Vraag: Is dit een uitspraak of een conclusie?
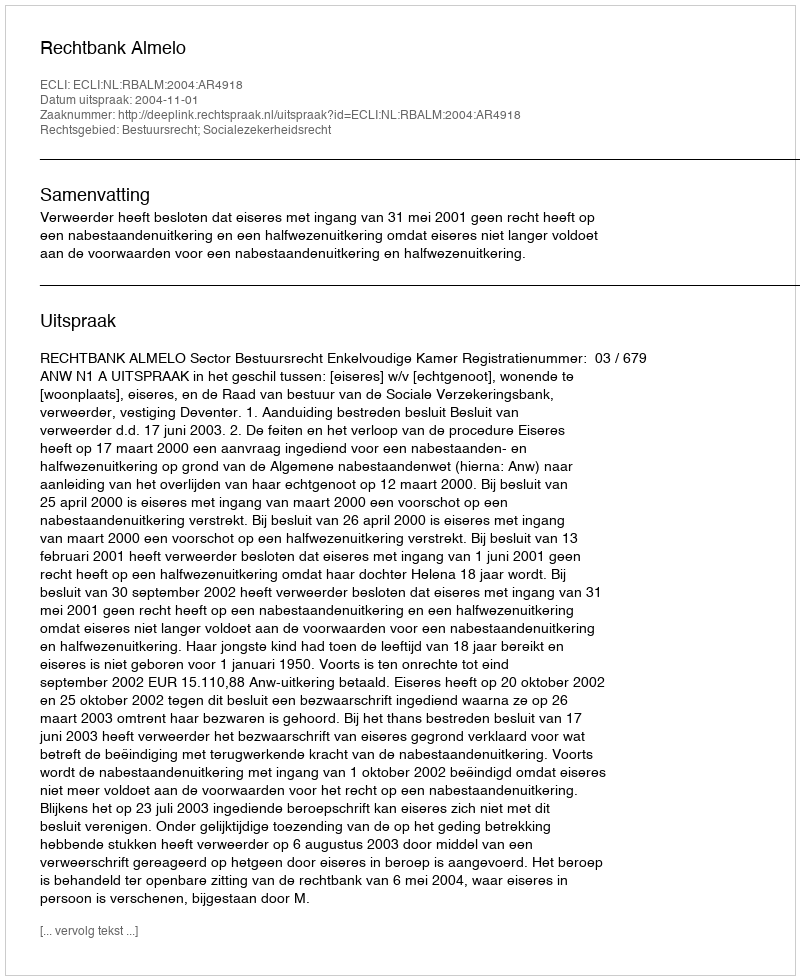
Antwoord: Uitspraak